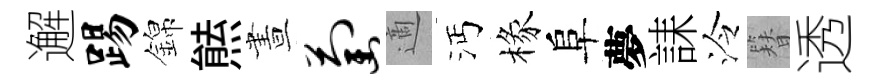
邂踢錦㷱晝萄適沔椽阜夢誄泠簪透